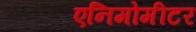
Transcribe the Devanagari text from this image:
एनिमोमीटर